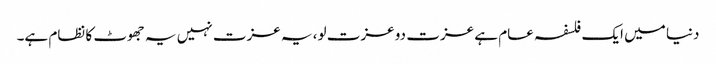
دنیا میں ایک فلسفہ عام ہے عزت دو عزت لو، یہ عزت نہیں یہ جھوٹ کا نظام ہے۔